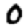
Digit: 0